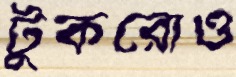
টুকরোও